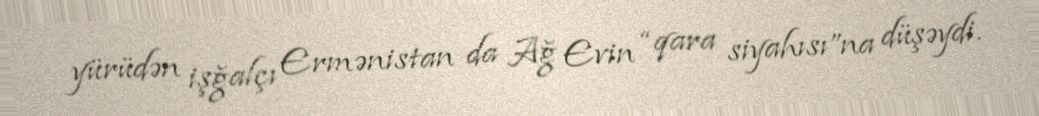
yürüdən işğalçı Ermənistan da Ağ Evin “qara siyahısı”na düşəydi.